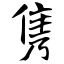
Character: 隽